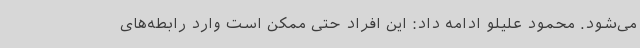
می‌شود. محمود علیلو ادامه داد: این افراد حتی ممکن است وارد رابطه‌های